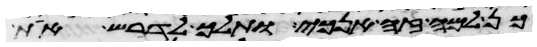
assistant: כן למה זה אנכי ותלך לדרש את